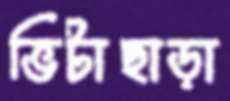
ভিটাছাড়া